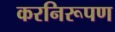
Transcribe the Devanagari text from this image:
करनिरूपण